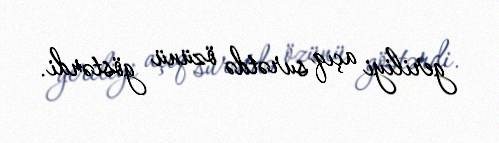
geriliyi açıq surətdə özünü göstərdi.